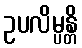
ဥပလိမ္ပန္တိ